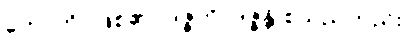
ဟောတိ- ဖြစ်၏။ ဒဇ္ဇတိ, ဒဇ္ဇန္တိ စသည်တည်း။